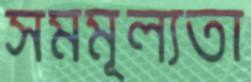
সমমূল্যতা